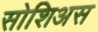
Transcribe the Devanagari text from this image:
सोशिअस